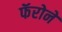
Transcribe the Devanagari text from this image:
फॅरोने